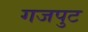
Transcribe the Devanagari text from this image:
गजपुट